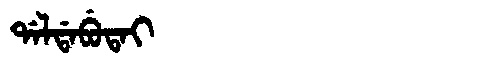
Manchu: ᡩᠠᠯᡩᠠᠪᡠᡨᠠᡳ
Romanization: DALDABUTAI